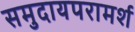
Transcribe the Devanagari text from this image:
समुदायपरामर्श